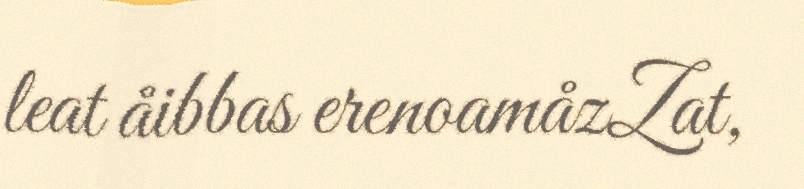
leat åibbas erenoamåzZat,